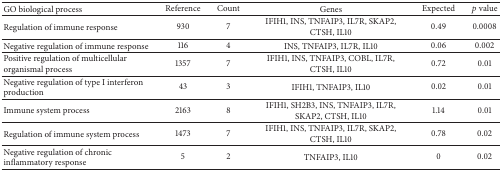
<table><thead><tr><td><b>GO biological process</b></td><td><b>Reference </b></td><td><b>Count</b></td><td><b>Genes</b></td><td><b>Expected</b></td><td><b><i>p</i> value</b></td></tr></thead><tbody><tr><td>Regulation of immune response</td><td>930</td><td>7</td><td>IFIH1, INS, TNFAIP3, IL7R, SKAP2, CTSH, IL10</td><td>0.49</td><td>0.0008</td></tr><tr><td>Negative regulation of immune response</td><td>116</td><td>4</td><td>INS, TNFAIP3, IL7R, IL10</td><td>0.06</td><td>0.002</td></tr><tr><td>Positive regulation of multicellular organismal process</td><td>1357</td><td>7</td><td>IFIH1, INS, TNFAIP3, COBL, IL7R, CTSH, IL10</td><td>0.72</td><td>0.01</td></tr><tr><td>Negative regulation of type I interferon production</td><td>43</td><td>3</td><td>IFIH1, TNFAIP3, IL10</td><td>0.02</td><td>0.01</td></tr><tr><td>Immune system process</td><td>2163</td><td>8</td><td>IFIH1, SH2B3, INS, TNFAIP3, IL7R, SKAP2, CTSH, IL10</td><td>1.14</td><td>0.01</td></tr><tr><td>Regulation of immune system process</td><td>1473</td><td>7</td><td>IFIH1, INS, TNFAIP3, IL7R, SKAP2, CTSH, IL10</td><td>0.78</td><td>0.02</td></tr><tr><td>Negative regulation of chronic inflammatory response</td><td>5</td><td>2</td><td>TNFAIP3, IL10</td><td>0</td><td>0.02</td></tr></tbody></table>